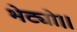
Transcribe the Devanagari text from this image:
भेट्यो।।